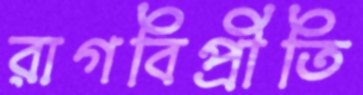
রাগবিপ্রীতি